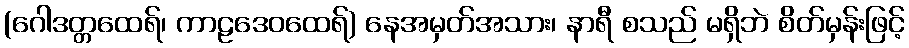
(ဂေါဒတ္တထေရ်၊ ကာဠဒေဝထေရ်) နေအမှတ်အသား၊ နာရီ စသည် မရှိဘဲ စိတ်မှန်းဖြင့်